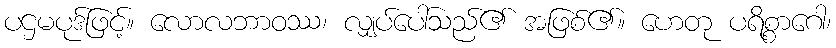
ပဌမပုဒ်ဖြင့်။ လောလဘာဝဿ၊ လျှပ်ပေါ်သည်၏ အဖြစ်၏။ ဟေတု ပရိစ္စာဂေါ၊